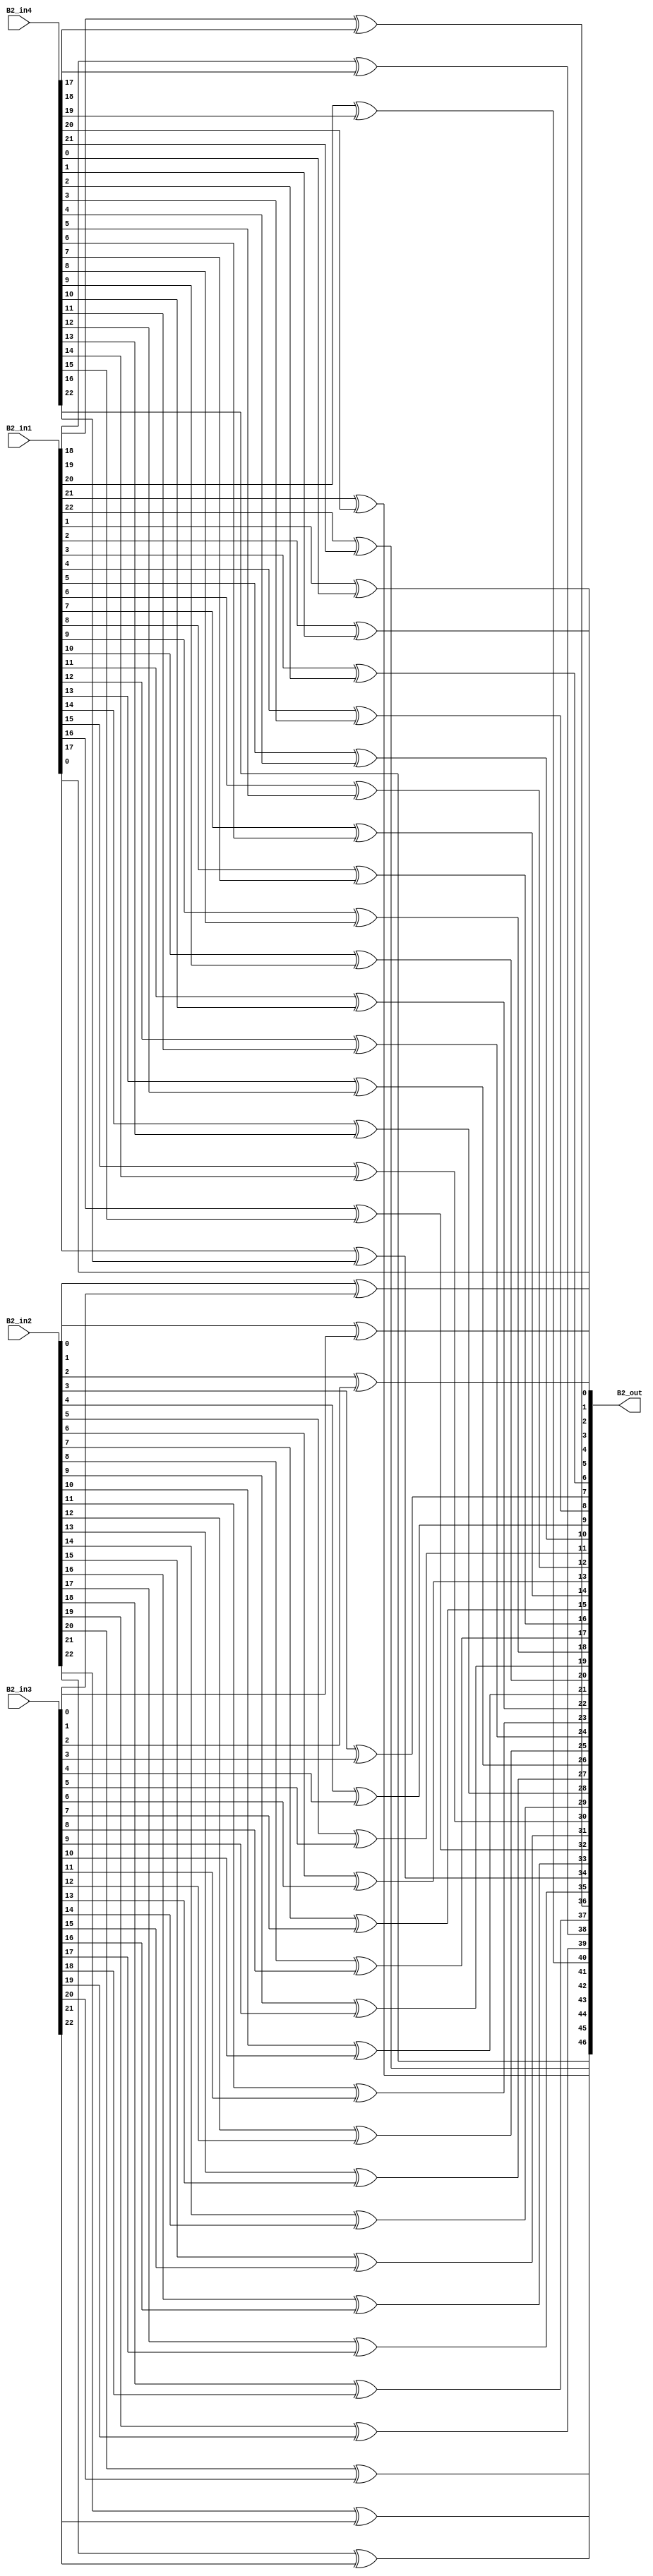
module overlap_module_24bit(
    B2_in1,
    B2_in2,
    B2_in3,
    B2_in4,
    B2_out
    );


parameter n = 24;

input [n-2:0] B2_in1;
input [n-2:0] B2_in2;
input [n-2:0] B2_in3;
input [n-2:0] B2_in4;

output [2*n-2:0] B2_out;

assign B2_out[0] = B2_in1[0];

assign B2_out[2] = B2_in1[1]^B2_in4[0];

assign B2_out[4] = B2_in1[2]^B2_in4[1];

assign B2_out[6] = B2_in1[3]^B2_in4[2];

assign B2_out[8] = B2_in1[4]^B2_in4[3];

assign B2_out[10] = B2_in1[5]^B2_in4[4];

assign B2_out[12] = B2_in1[6]^B2_in4[5];

assign B2_out[14] = B2_in1[7]^B2_in4[6];

assign B2_out[16] = B2_in1[8]^B2_in4[7];

assign B2_out[18] = B2_in1[9]^B2_in4[8];

assign B2_out[20] = B2_in1[10]^B2_in4[9];

assign B2_out[22] = B2_in1[11]^B2_in4[10];

assign B2_out[1] = B2_in2[0]^B2_in3[0];

assign B2_out[3] = B2_in2[1]^B2_in3[1];

assign B2_out[5] = B2_in2[2]^B2_in3[2];

assign B2_out[7] = B2_in2[3]^B2_in3[3];

assign B2_out[9] = B2_in2[4]^B2_in3[4];

assign B2_out[11] = B2_in2[5]^B2_in3[5];

assign B2_out[13] = B2_in2[6]^B2_in3[6];

assign B2_out[15] = B2_in2[7]^B2_in3[7];

assign B2_out[17] = B2_in2[8]^B2_in3[8];

assign B2_out[19] = B2_in2[9]^B2_in3[9];

assign B2_out[21] = B2_in2[10]^B2_in3[10];

assign B2_out[23] = B2_in2[11]^B2_in3[11];

assign B2_out[25] = B2_in2[12]^B2_in3[12];

assign B2_out[27] = B2_in2[13]^B2_in3[13];

assign B2_out[29] = B2_in2[14]^B2_in3[14];

assign B2_out[31] = B2_in2[15]^B2_in3[15];

assign B2_out[33] = B2_in2[16]^B2_in3[16];

assign B2_out[35] = B2_in2[17]^B2_in3[17];

assign B2_out[37] = B2_in2[18]^B2_in3[18];

assign B2_out[39] = B2_in2[19]^B2_in3[19];

assign B2_out[41] = B2_in2[20]^B2_in3[20];

assign B2_out[43] = B2_in2[21]^B2_in3[21];

assign B2_out[45] = B2_in2[22]^B2_in3[22];

assign B2_out[24] = B2_in1[12]^B2_in4[11];

assign B2_out[26] = B2_in1[13]^B2_in4[12];

assign B2_out[28] = B2_in1[14]^B2_in4[13];

assign B2_out[30] = B2_in1[15]^B2_in4[14];

assign B2_out[32] = B2_in1[16]^B2_in4[15];

assign B2_out[34] = B2_in1[17]^B2_in4[16];

assign B2_out[36] = B2_in1[18]^B2_in4[17];

assign B2_out[38] = B2_in1[19]^B2_in4[18];

assign B2_out[40] = B2_in1[20]^B2_in4[19];

assign B2_out[42] = B2_in1[21]^B2_in4[20];

assign B2_out[44] = B2_in1[22]^B2_in4[21];

assign B2_out[46] = B2_in4[22];

endmodule